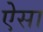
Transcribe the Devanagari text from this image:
ऐेसा